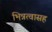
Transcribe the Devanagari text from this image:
भिन्नत्वासह